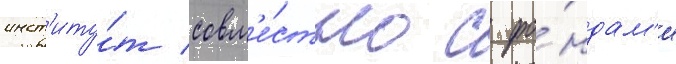
инст'иту́т совм'е́стно с фо́ндам'и